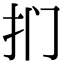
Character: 扪